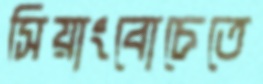
সিয়াংবোচেতে